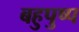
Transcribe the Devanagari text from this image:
बहुपुष्प